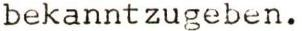
bekanntzugeben.